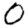
Digit: 0